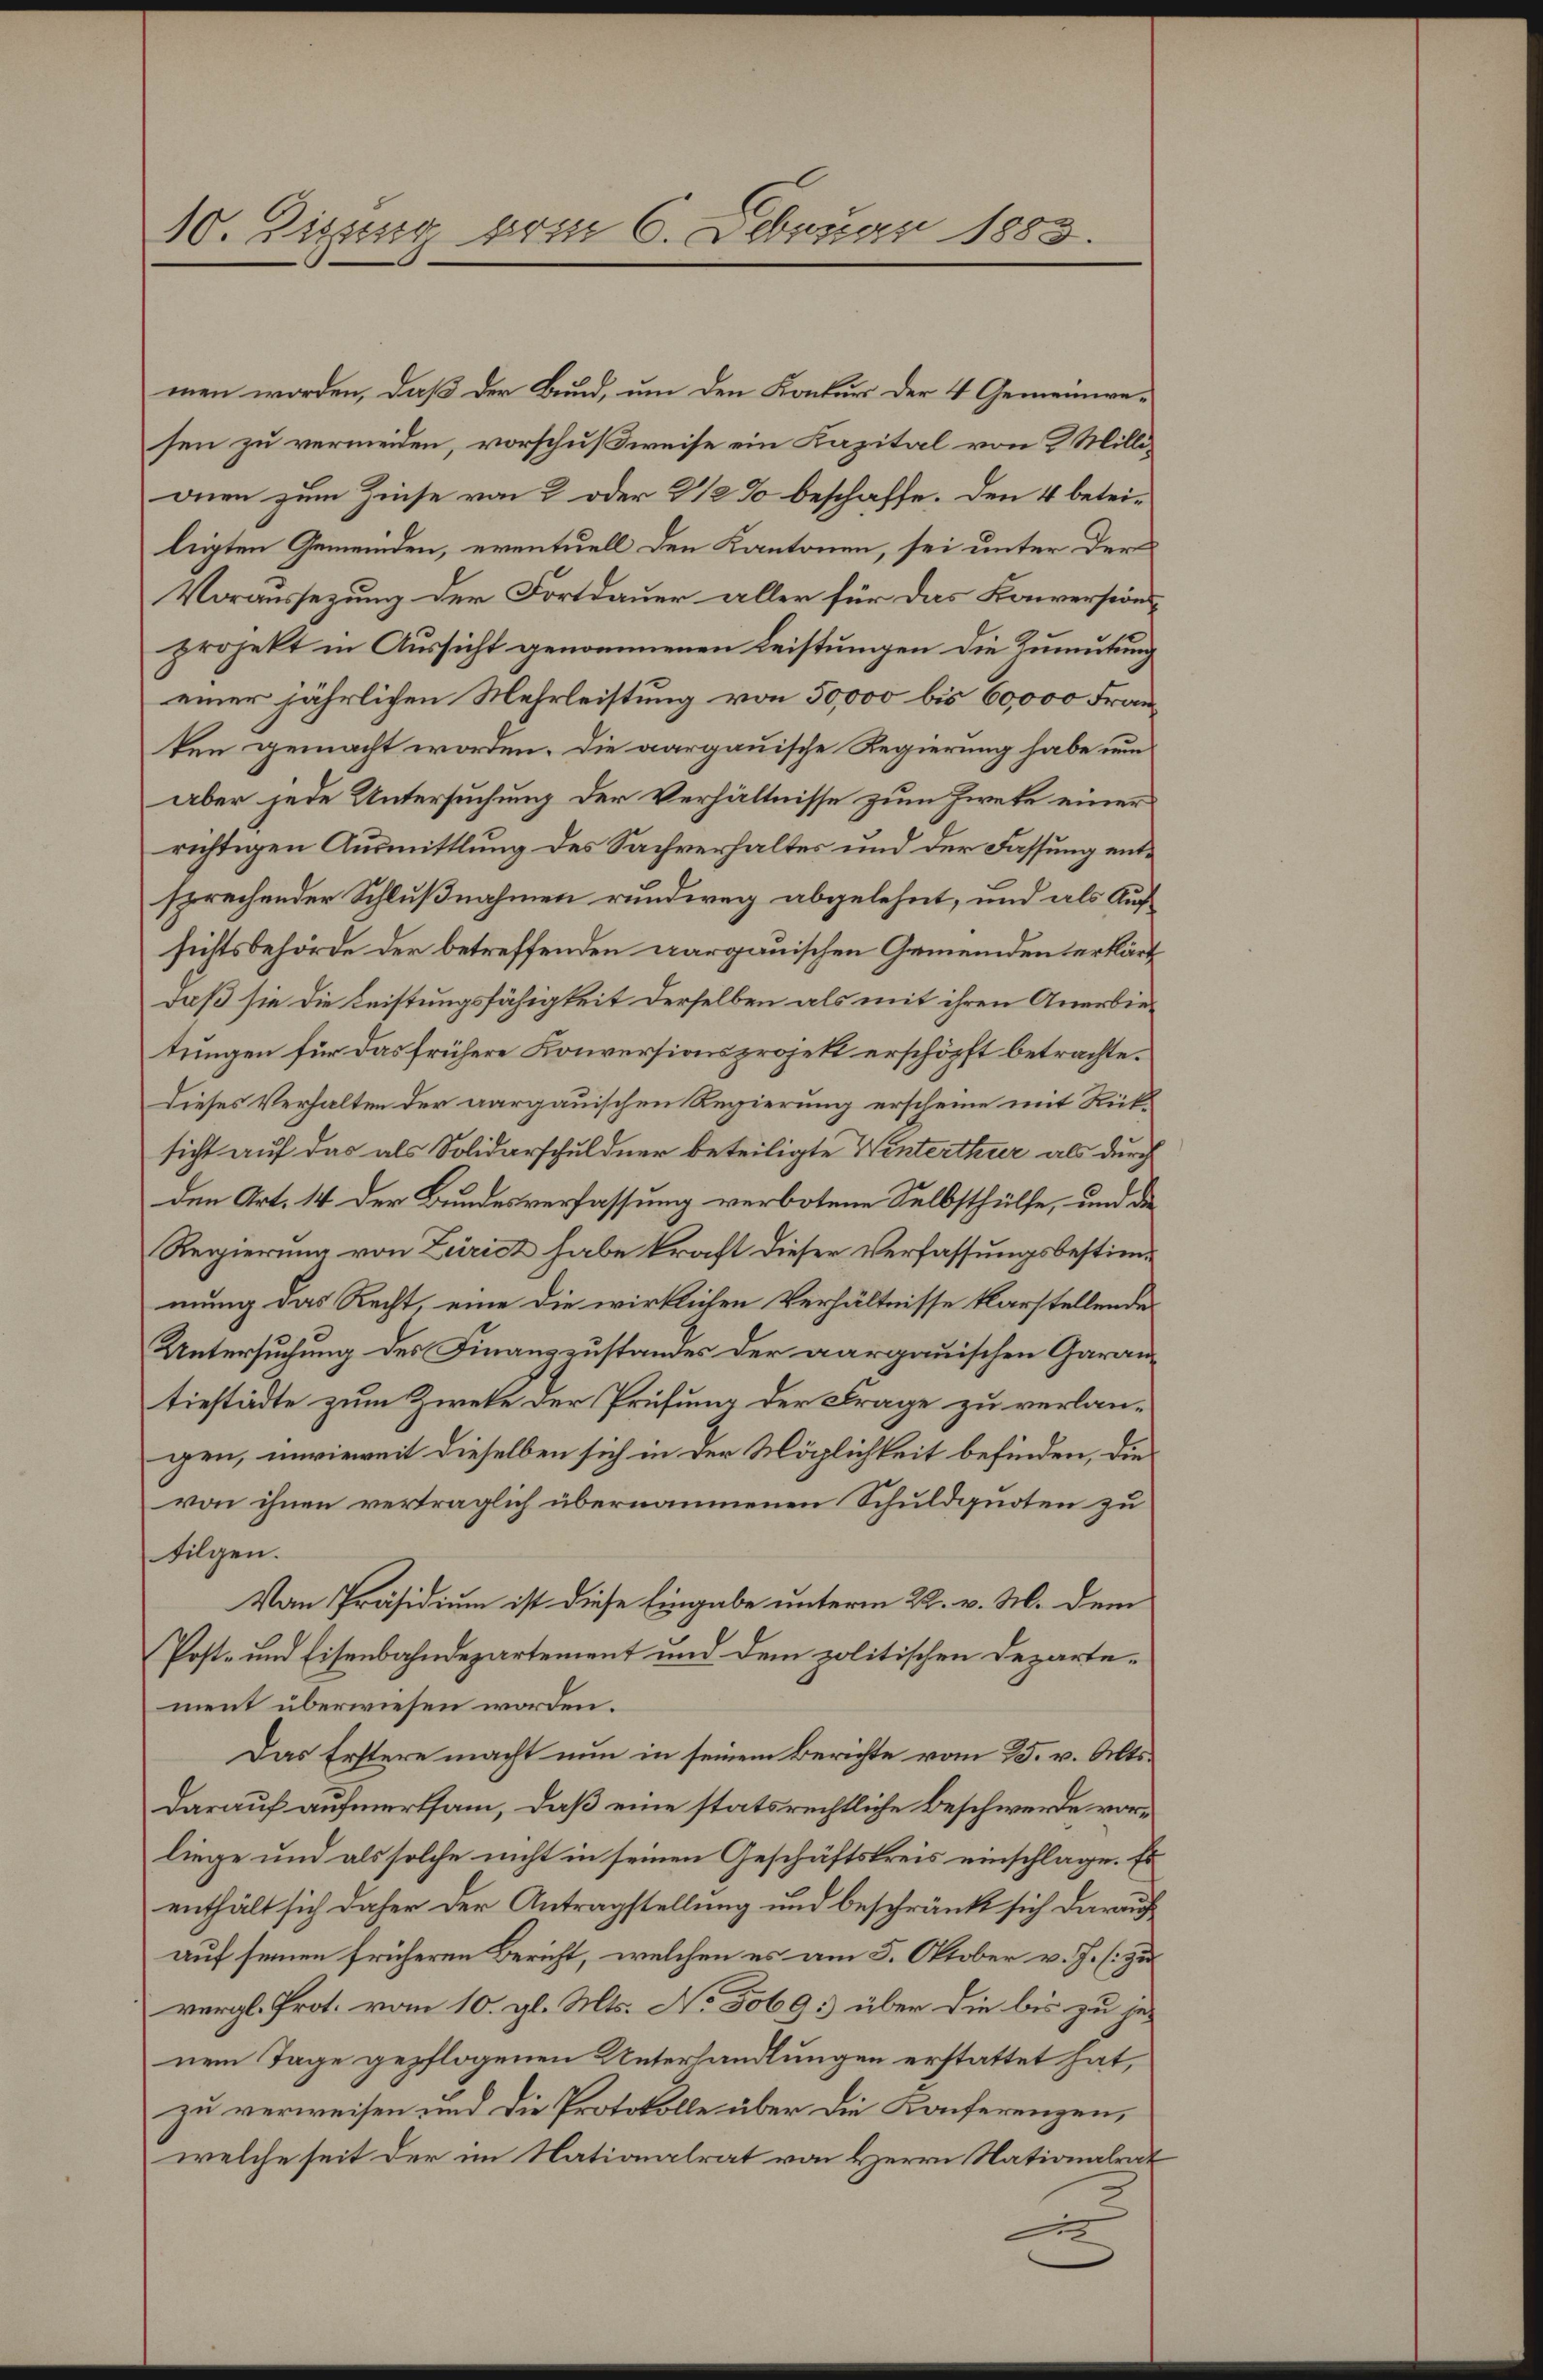
10. Eigung vom 6. Februar 1883.

men worden, daß der Bund, um den Konkurs der 4 Gemeindesen zu vermeiden, vorschußweise ein Kapital von 2 Millionen zum Zinse von 2 oder 2 1/2 % beschaffe. Den 4 beteileigten Gemeinden, eventuell den Kantonen, sei unter der
Voraussezung der Fortdauer aller für das Koversion
projekt in Aussicht genommenen Leistungen die Zumutung
einer jährlichen Mehrleistung von 50,000 bis 60,000 Franken gemacht worden. Die aargauische Regierung habe un
aber jede Untersuchung der Verhältnisse zum Zweke einer
richtigen Ausmittlung des Sachverhaltes und der Fassung entsprechender Schlußnahmen rundweg abgelehnt, und als Aufsichtsbehörde der betreffenden aargauischen Gemeindenterklärt
daß sie die Leistungsfähigkeit derselben als mit ihren Anerbietungen für das frühere Konversionsprojekt erschöpft betrachte.
Dieses Verhalten der aargauischen Regierung erscheine mit Rücksicht auf das als Solidarschuldner beteiligte Winterthur als durch
den Art. 14 der Bundesverfassung verbotene Selbsthülfe, und die
Regierung von Züricz habe kraft dieser Verfassungsbestimmung das Recht, eine die wirklichen Verhältnisse klarstellende
Untersuchung des Finanzzustandes der aargauischen Garantiestädte zum Zweke der Prüfung der Frage zu verlangen, unrieweit dieselben sich in der Möglichkeit befinden, die
von ihnen vertraglich übernommenen Schuldquoten zu
filgen.
Von Präsidium ist diese Eingabe unterm 22. v. M. dem
Post- und Eisenbahndepartement und dem politischen Departement überwiesen worden.
Das Erstere macht nun in seinem Berichte vom 25. v. Alts¬
Darauf aufmerksam, daß eine statsrechtliche Beschwerde vorliege und als solche nicht in seinen Geschäftskreis einschlage. Es
enthält sich daher der Antragstellung und beschränkt sich darauf
auf seinen früheren Bericht, welchen es am 5. Oktober v. J. (zu
vergl. Prot. vom 10. gl. Mts. No 5069) über die bis zu jenem Tage gepflogenen Unterhandlungen erstattet hat,
zu verweisen und die Protokolle über die Konferenzen,
welche seit der im Nationalrat von Herrn Nationalrat
2
e